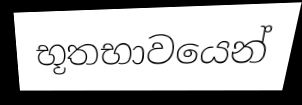
භූතභාවයෙන්